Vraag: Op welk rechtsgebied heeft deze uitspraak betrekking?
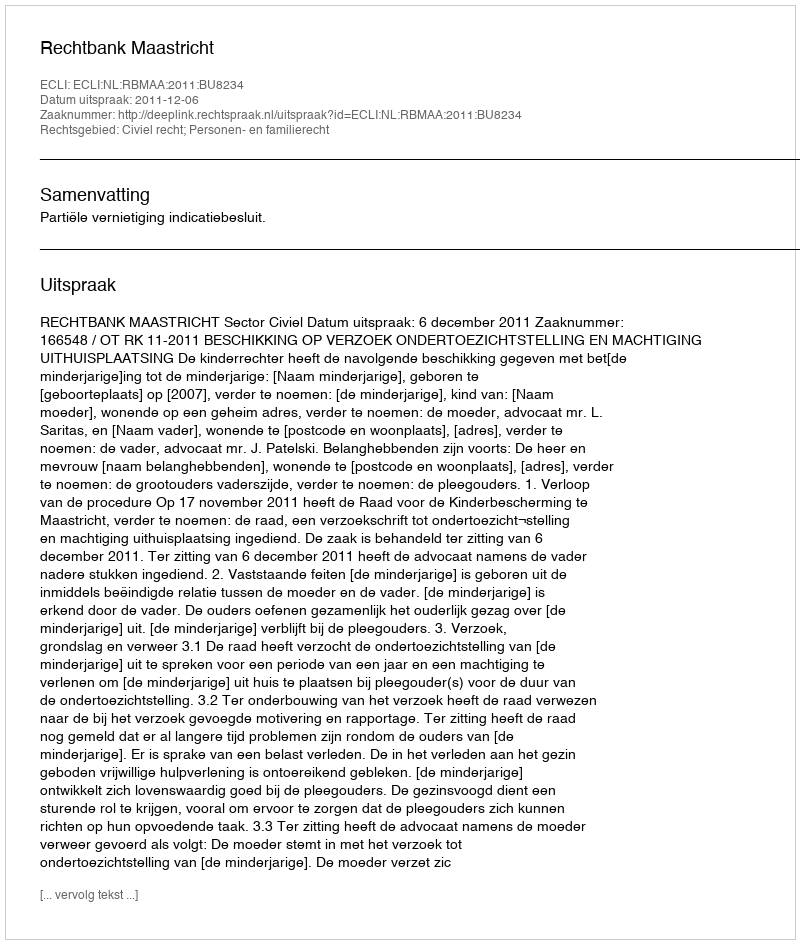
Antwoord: Civiel recht; Personen- en familierecht